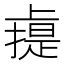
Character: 䶶